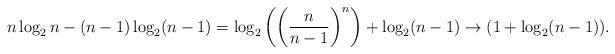
LaTeX: \begin{align*}n \log_2 n - (n-1) \log_2 (n-1) = \log_2 \left( \left(\frac{n}{n-1} \right)^n \right) + \log_2 (n-1) \to (1 + \log_2(n-1)).\end{align*}